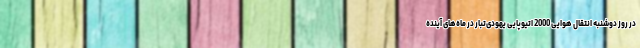
در روز دوشنبه انتقال هوایی 2000 اتیوپایی یهودی‌تبار در ماه‌های آینده